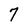
Character: 7